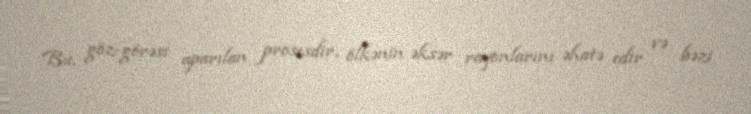
Bu, göz-görəsi aparılan prosesdir, ölkənin əksər rayonlarını əhatə edir və bəzi